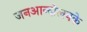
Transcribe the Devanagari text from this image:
जनआन्दोलनके